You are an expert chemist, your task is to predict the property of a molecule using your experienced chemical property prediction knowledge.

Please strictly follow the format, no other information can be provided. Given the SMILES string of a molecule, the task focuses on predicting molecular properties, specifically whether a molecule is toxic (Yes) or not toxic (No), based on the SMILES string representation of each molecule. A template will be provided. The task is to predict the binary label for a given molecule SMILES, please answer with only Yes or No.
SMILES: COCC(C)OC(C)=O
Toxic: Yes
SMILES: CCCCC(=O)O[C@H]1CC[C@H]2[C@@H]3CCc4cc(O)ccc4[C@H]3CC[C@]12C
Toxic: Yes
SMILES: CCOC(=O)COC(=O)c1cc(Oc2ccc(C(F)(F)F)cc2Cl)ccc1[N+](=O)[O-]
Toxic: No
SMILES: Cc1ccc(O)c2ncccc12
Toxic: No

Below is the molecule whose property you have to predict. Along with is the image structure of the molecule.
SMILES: Cc1cc2c(cc1C(F)(F)F)N(C(=O)Nc1ccc(Oc3cccnc3C)nc1)CC2
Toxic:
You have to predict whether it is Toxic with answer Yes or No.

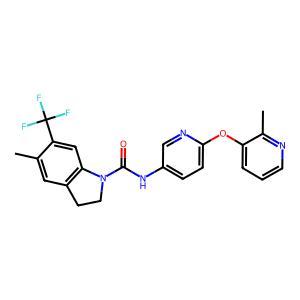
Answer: No